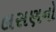
લસણનો